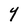
Character: Y